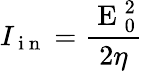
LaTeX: I_{\mathrm{~i~n~}}=\frac{\mathrm{~E~}_{0}^{2}}{2\eta}